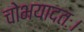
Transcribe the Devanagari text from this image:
चोभयादतः।